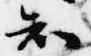
知